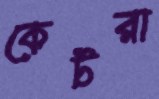
কেটরা